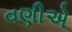
વણીએ